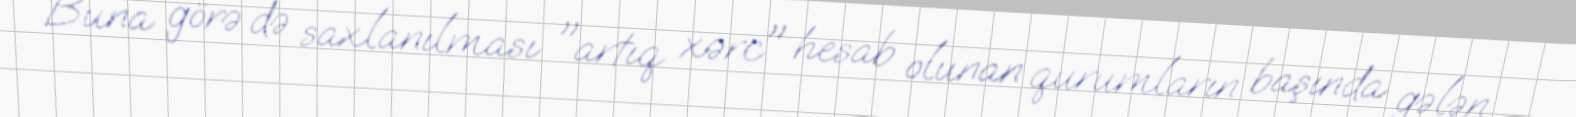
Buna görə də saxlanılması "artıq xərc" hesab olunan qurumların başında gələn